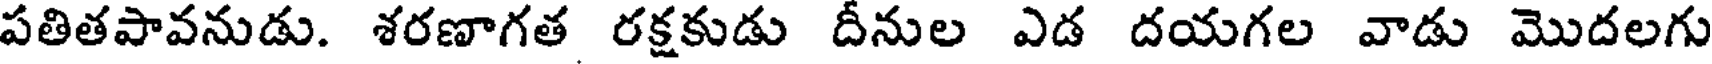
పతితపావనుడు. శరణాగత రక్షకుడు దీనుల ఎడ దయగల వాడు మొదలగు